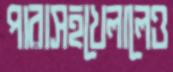
পারাসহখেলালেও